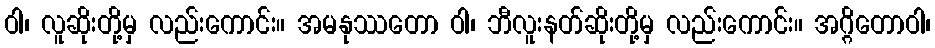
ဝါ၊ လူဆိုးတို့မှ လည်းကောင်း။ အမနုဿတော ဝါ၊ ဘီလူးနတ်ဆိုးတို့မှ လည်းကောင်း။ အဂ္ဂိတောဝါ၊